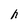
Character: h